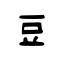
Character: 豆